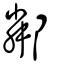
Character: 鄰